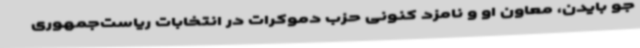
جو بایدن، معاون‌ او و نامزد کنونی حزب دموکرات در انتخابات ریاست‌جمهوری